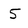
Character: 5